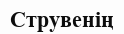
Струвенің